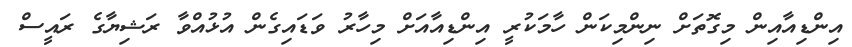
އިންޑިއާއިން މިގޮތަށް ނިންމިކަން ހާމަކުރީ އިންޑިއާއަށް މިހާރު ވަޑައިގެން އުޅުއްވާ ރަޝިޔާގެ ރައީސް